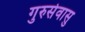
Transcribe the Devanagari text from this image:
गुरुसेवासु